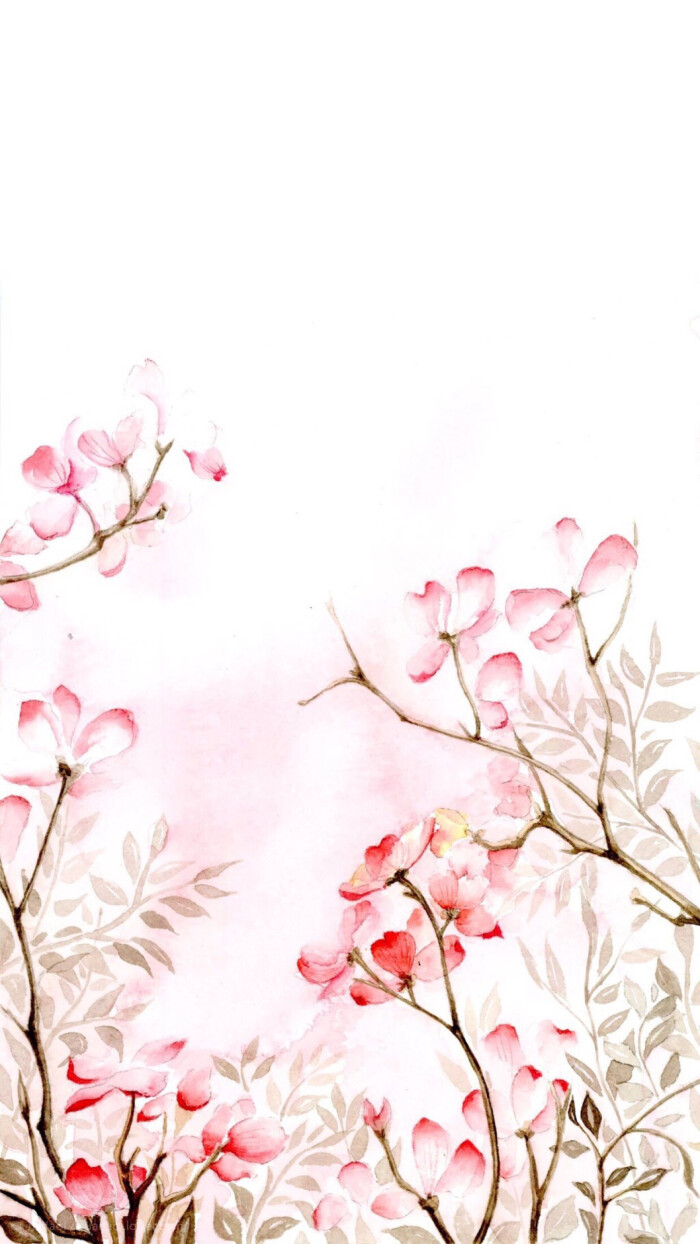
红烛背，绣帘垂，梦长君不知。